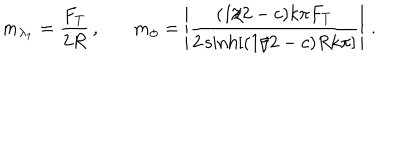
m _ { \lambda _ { 1 } } = \frac { F _ { T } } { 2 R } \, , \ \ \ m _ { \phi } = \left| \frac { ( 1 / 2 - c ) k \pi F _ { T } } { 2 \sinh [ ( 1 / 2 - c ) R k \pi ] } \right| \, .